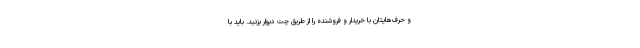
و حرف‌هایتان با خریدار و فروشنده را از طریق چت دیوار بزنید. باید با